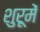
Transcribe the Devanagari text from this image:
शुरूमें